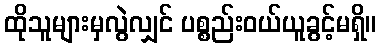
ထိုသူများမှလွဲလျှင် ပစ္စည်းဝယ်ယူခွင့်မရှိ။